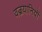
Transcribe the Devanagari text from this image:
वज्रयानियों